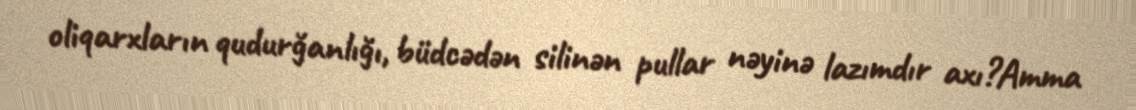
oliqarxların qudurğanlığı, büdcədən silinən pullar nəyinə lazımdır axı?Amma